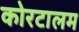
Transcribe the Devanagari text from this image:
कोरटालम